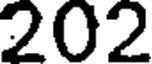
202